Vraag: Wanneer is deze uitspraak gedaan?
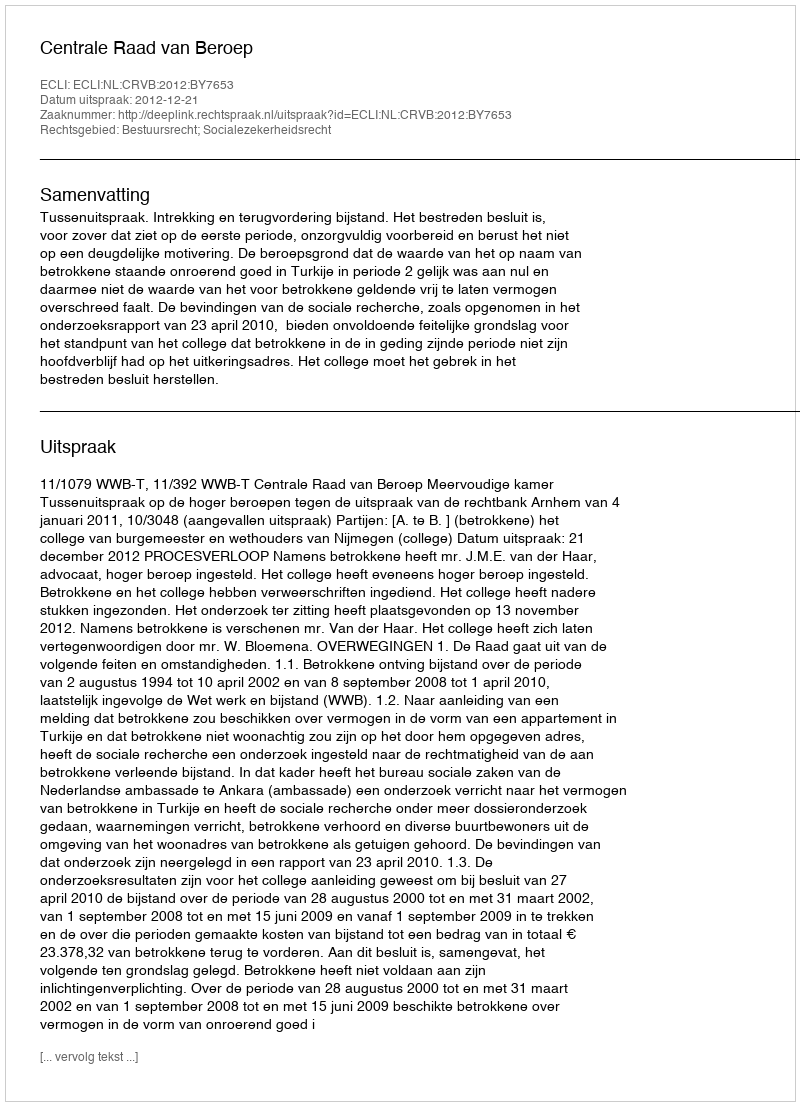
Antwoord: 2012-12-21